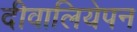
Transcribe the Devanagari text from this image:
दीवालियेपन